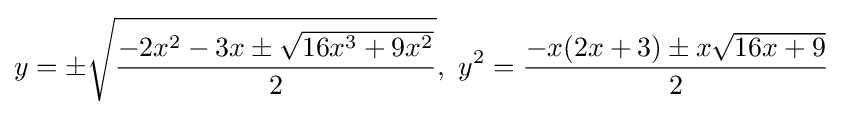
y=\pm {\sqrt {\frac {-2x^{2}-3x\pm {\sqrt {16x^{3}+9x^{2}}}}{2}}},\,\,y^{2}={\frac {-x(2x+3)\pm x{\sqrt {16x+9}}}{2}}